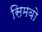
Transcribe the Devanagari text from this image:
सिमवो